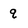
Character: q